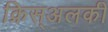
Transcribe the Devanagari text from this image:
क्रिस्अलकी